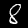
Label: 8